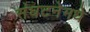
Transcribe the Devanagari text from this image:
संघटनेमधे